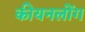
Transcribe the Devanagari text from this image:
कीयनलोंग